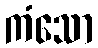
ကံသော